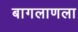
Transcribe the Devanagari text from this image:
बागलाणला